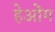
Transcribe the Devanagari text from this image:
हेओंग